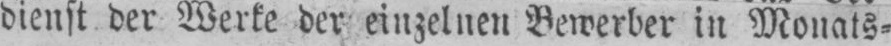
dienst der Werte der einzelnen Bewerber in Monats⸗